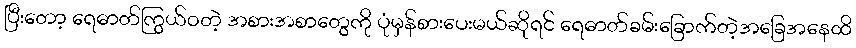
ပြီးတော့ ရေဓာတ်ကြွယ်ဝတဲ့ အစားအစာတွေကို ပုံမှန်စားပေးမယ်ဆိုရင် ရေဓာတ်ခမ်းခြောက်တဲ့အခြေအနေထိ